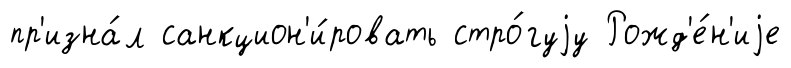
пр'изна́л санкцион'и́ровать стро́гуjу Рожд'е́н'иjе